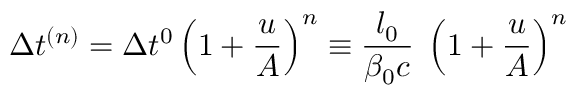
\Delta t ^ { ( n ) } = \Delta t ^ { 0 } \left( 1 + \frac { u } { A } \right) ^ { n } \equiv \frac { l _ { 0 } } { \beta _ { 0 } c } \; \left( 1 + \frac { u } { A } \right) ^ { n }